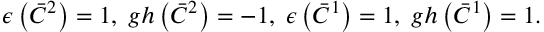
\epsilon \left( \bar { C } ^ { 2 } \right) = 1 , \; g h \left( \bar { C } ^ { 2 } \right) = - 1 , \; \epsilon \left( \bar { C } ^ { 1 } \right) = 1 , \; g h \left( \bar { C } ^ { 1 } \right) = 1 .